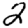
Digit: 2